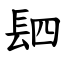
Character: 䦉